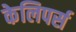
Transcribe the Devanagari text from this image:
केलिपर्स